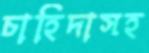
চাহিদাসহ